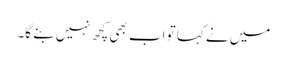
میں نے کہا تو اب بھی کچھ نہیں بنے گا۔